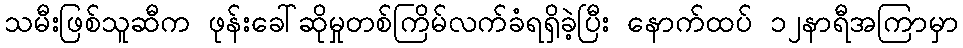
သမီးဖြစ်သူဆီက ဖုန်းခေါ်ဆိုမှုတစ်ကြိမ်လက်ခံရရှိခဲ့ပြီး နောက်ထပ် ၁၂နာရီအကြာမှာ